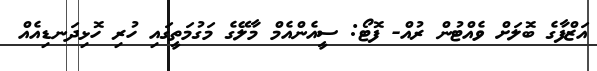
އަޒްފާގެ ބޮލަށް ވެއްޓުން ރުއް- ފޮޓޯ: ސީއެންއެމް މާލޭގެ މަގުމަތީގައި ހުރި ހޮޅިދަނޑިއެއް